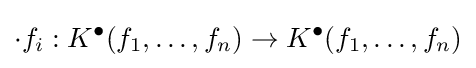
\cdot f_{i}:K^{\bullet }(f_{1},\ldots ,f_{n})\to K^{\bullet }(f_{1},\ldots ,f_{n})